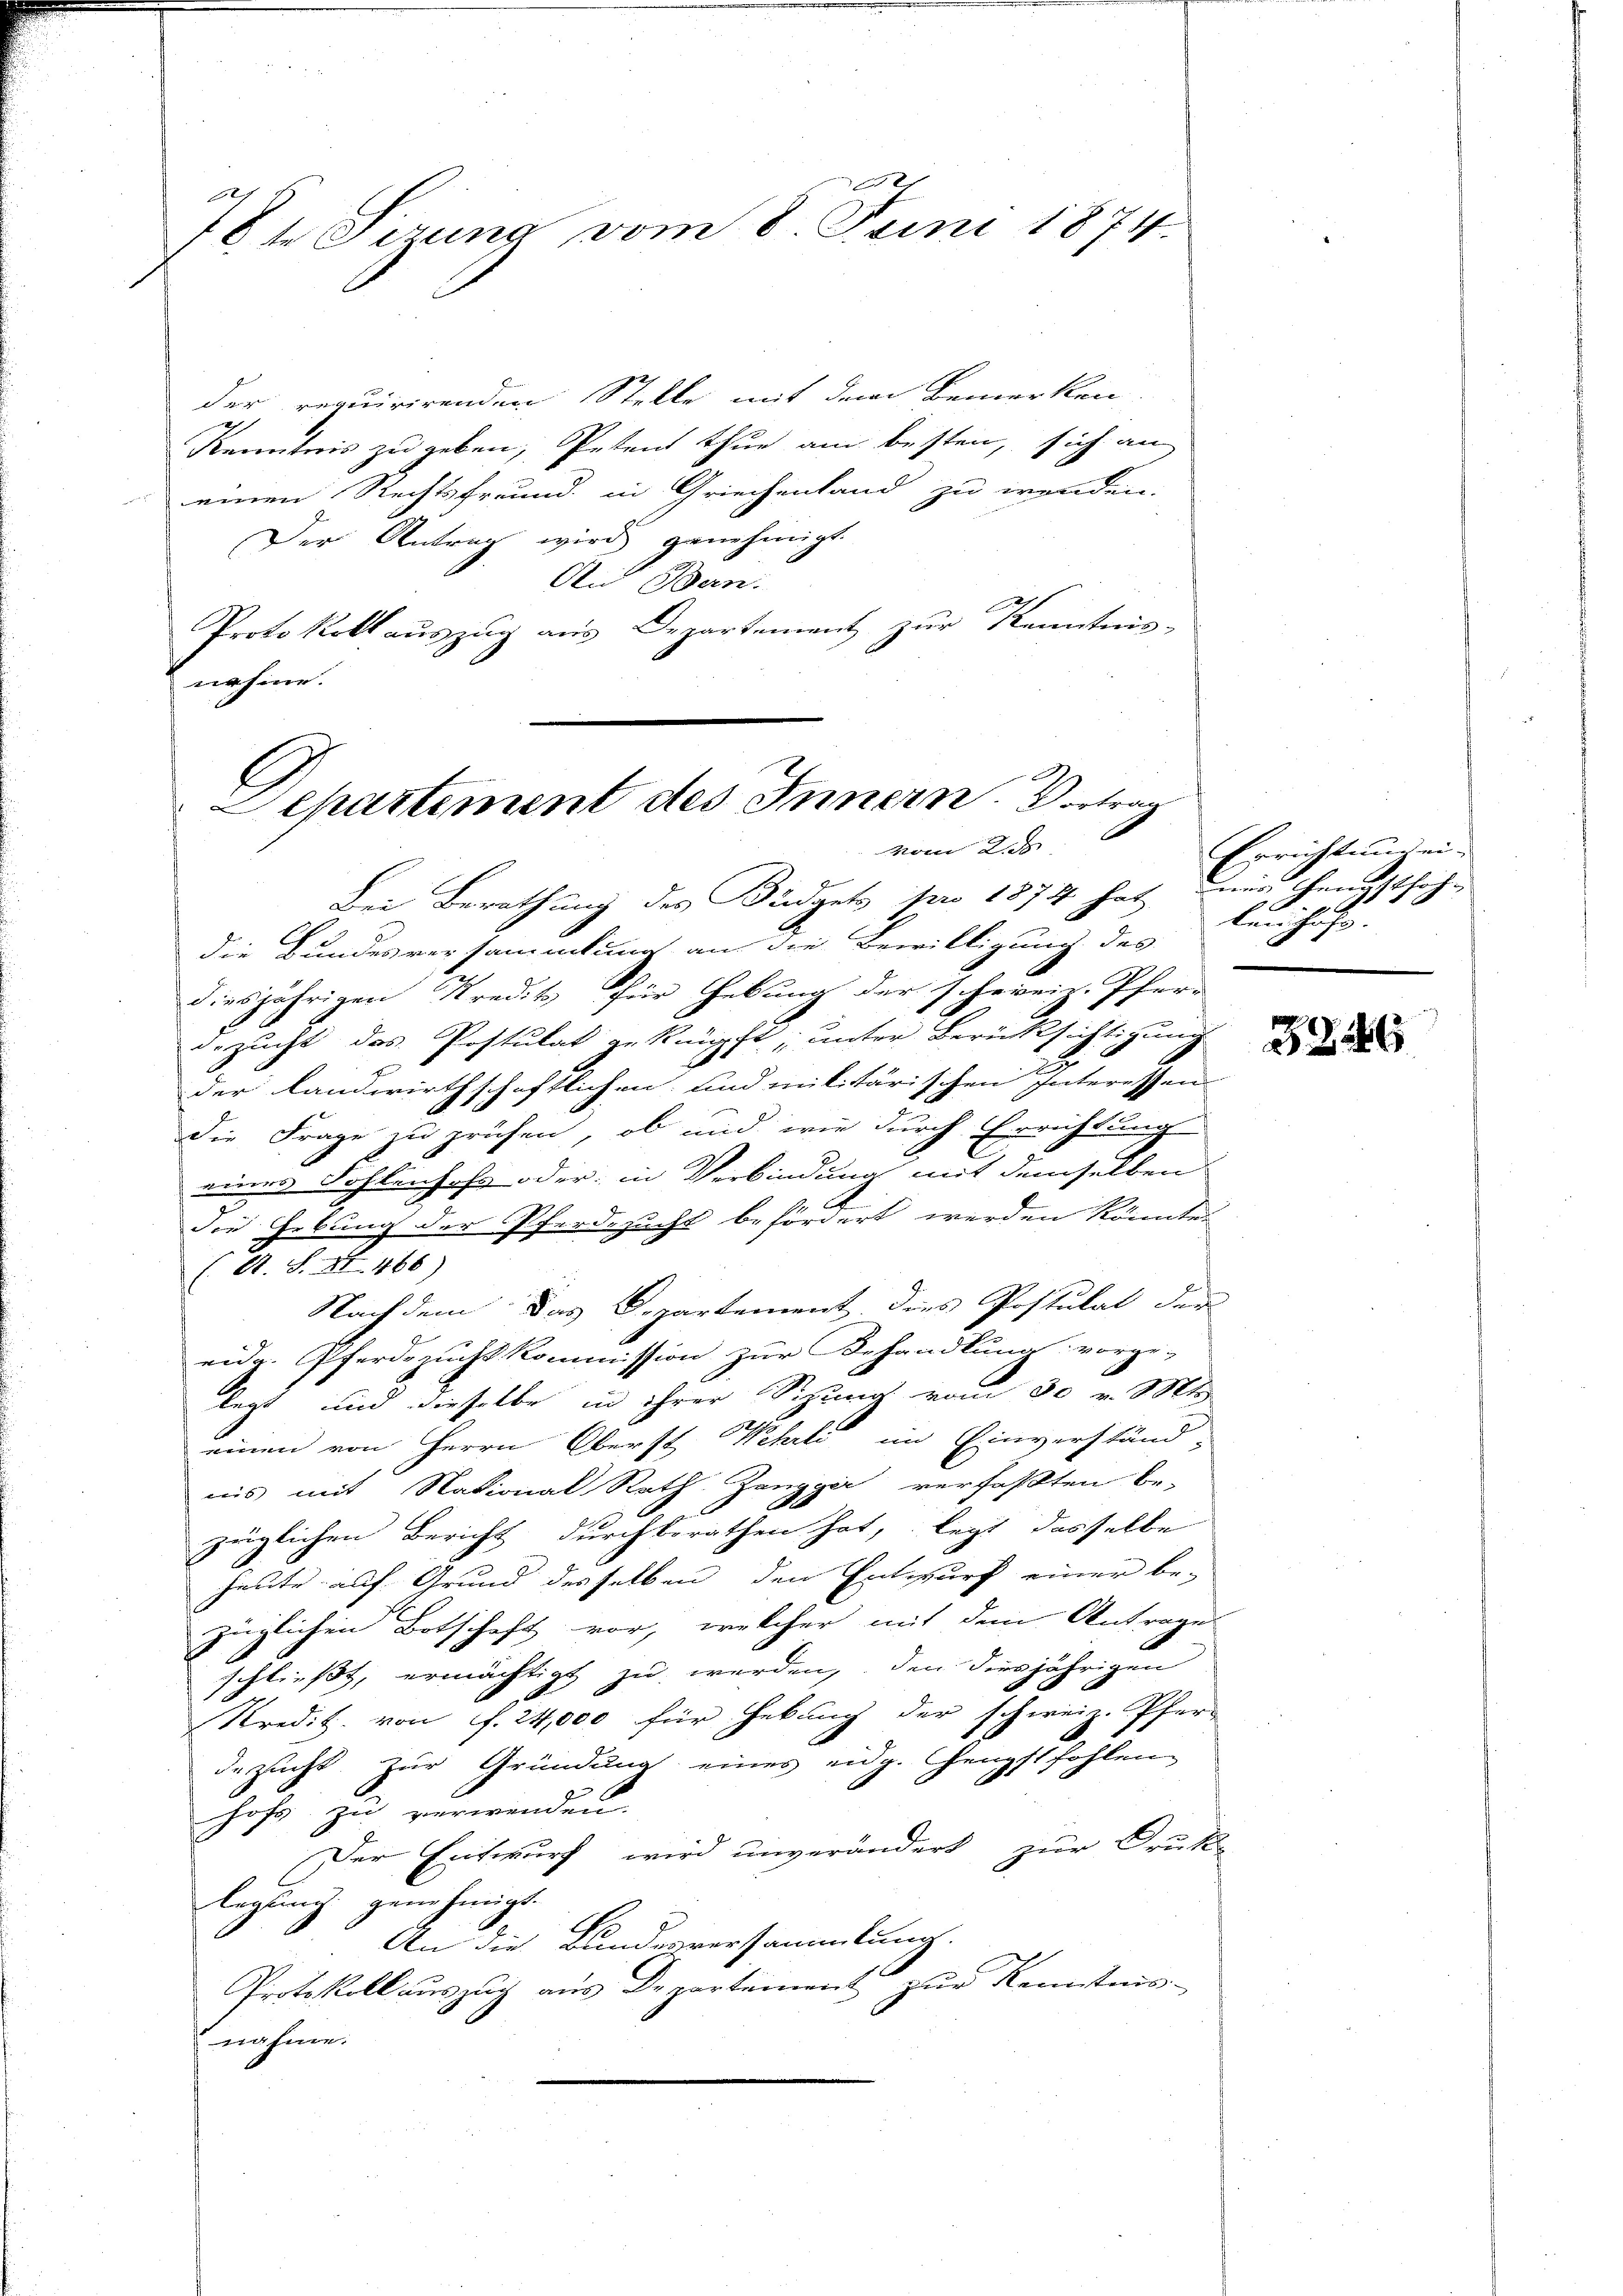
781 Serung vom 8. Juni 1874

der requirirenden Stelle mit dem Bemerken
Kenntnis zu geben, Petent thue am besten, sich an
einen Rechtsfreund in Griechenland zu wenden.
Der Antrag wird genehmigt.
An Bern.
Protokoll auszug aus Departement zur Kenntnis-
nahme.

Departement des Innern. Vortrag
vom Jah

Bei Berathung des Büdgets pro 1874 hat mir Hausthöh-
die Bundesversammlung an die Bewilligung des
diesjährigen Kredit für Hebung der schweiz. Pfer-
gezucht das Postulat geknüpft, unter Berücksichtigung
der Landwirthschaftlichen und militärischen Interessen
die Frage zu prüfen, ob und wie durch Errichtung
eines Sohlenhofs oder in Verbindung mit demselben

Die Gebung der Pferdezucht befördert werden könnte.
(O. S. XI. 468)
Nachdem das Departement dies Postulat der
eidg. Pferdezucht kommission zur Behandlung vorge-
legt und dieselbe in ihrer Sizung vom 30 v. Mts.
einen von Herrn Oberst Wehrli im Einverständ-
nis mit National Rath Zangger verfaßten Be-
züglichen Bericht durchberathen hat, legt dasselbe
heute auf Grund desselben den Entwurf einer be-
züglichen Botschaft vor, welcher mit dem Antrage
schließt, ermächtigt zu werden, den diesjährigen
Kredit von f. 24,000 für Hebung der schweiz. Pfarr
dezucht zur Gründung eines eidg. Heupftfohlen
hofs zu verwenden.
Der Entwurf wird unverändert zur Druk-
legung genehmigt.
An die Bundesversammlung.
Protokoll auszug aus Departement zur Kenntnis-
nahme.

Errichtung eikenhofe. |

5226